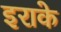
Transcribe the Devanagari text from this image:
इराके